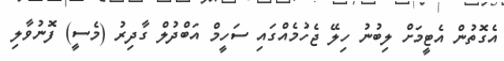
އެގޮތުން އެޓީމަށް ލިބުނު ހިލޭ ޖެހުމެއްގައި ސަހީމް އަބްދުލް ގާދިރު (މެސީ) ފޮނުވާލި